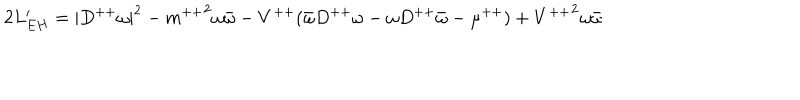
2 L _ { E H } ^ { \prime } = | { D ^ { + + } \omega } | ^ { 2 } - { m ^ { + + } } ^ { 2 } \omega \bar { \omega } - V ^ { + + } ( \bar { \omega } D ^ { + + } \omega - \omega D ^ { + + } \bar { \omega } - \mu ^ { + + } ) + { V ^ { + + } } ^ { 2 } \omega \bar { \omega }